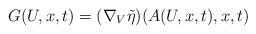
LaTeX: \begin{align*}G(U,x,t) = ( \nabla_V \tilde{\eta} ) (A(U,x,t),x,t) \end{align*}